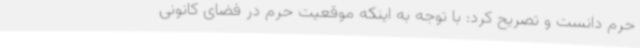
حرم دانست و تصریح کرد: با توجه به اینکه موقعیت حرم در فضای کانونی